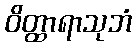
ဝိတ္ထာရာသုဘံ